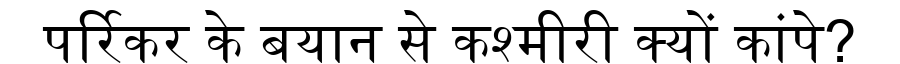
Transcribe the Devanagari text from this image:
पर्रिकर के बयान से कश्मीरी क्यों कांपे?